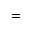
=